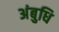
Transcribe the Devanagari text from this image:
अंबुधि